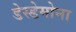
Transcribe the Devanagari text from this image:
डेस्डेमोना